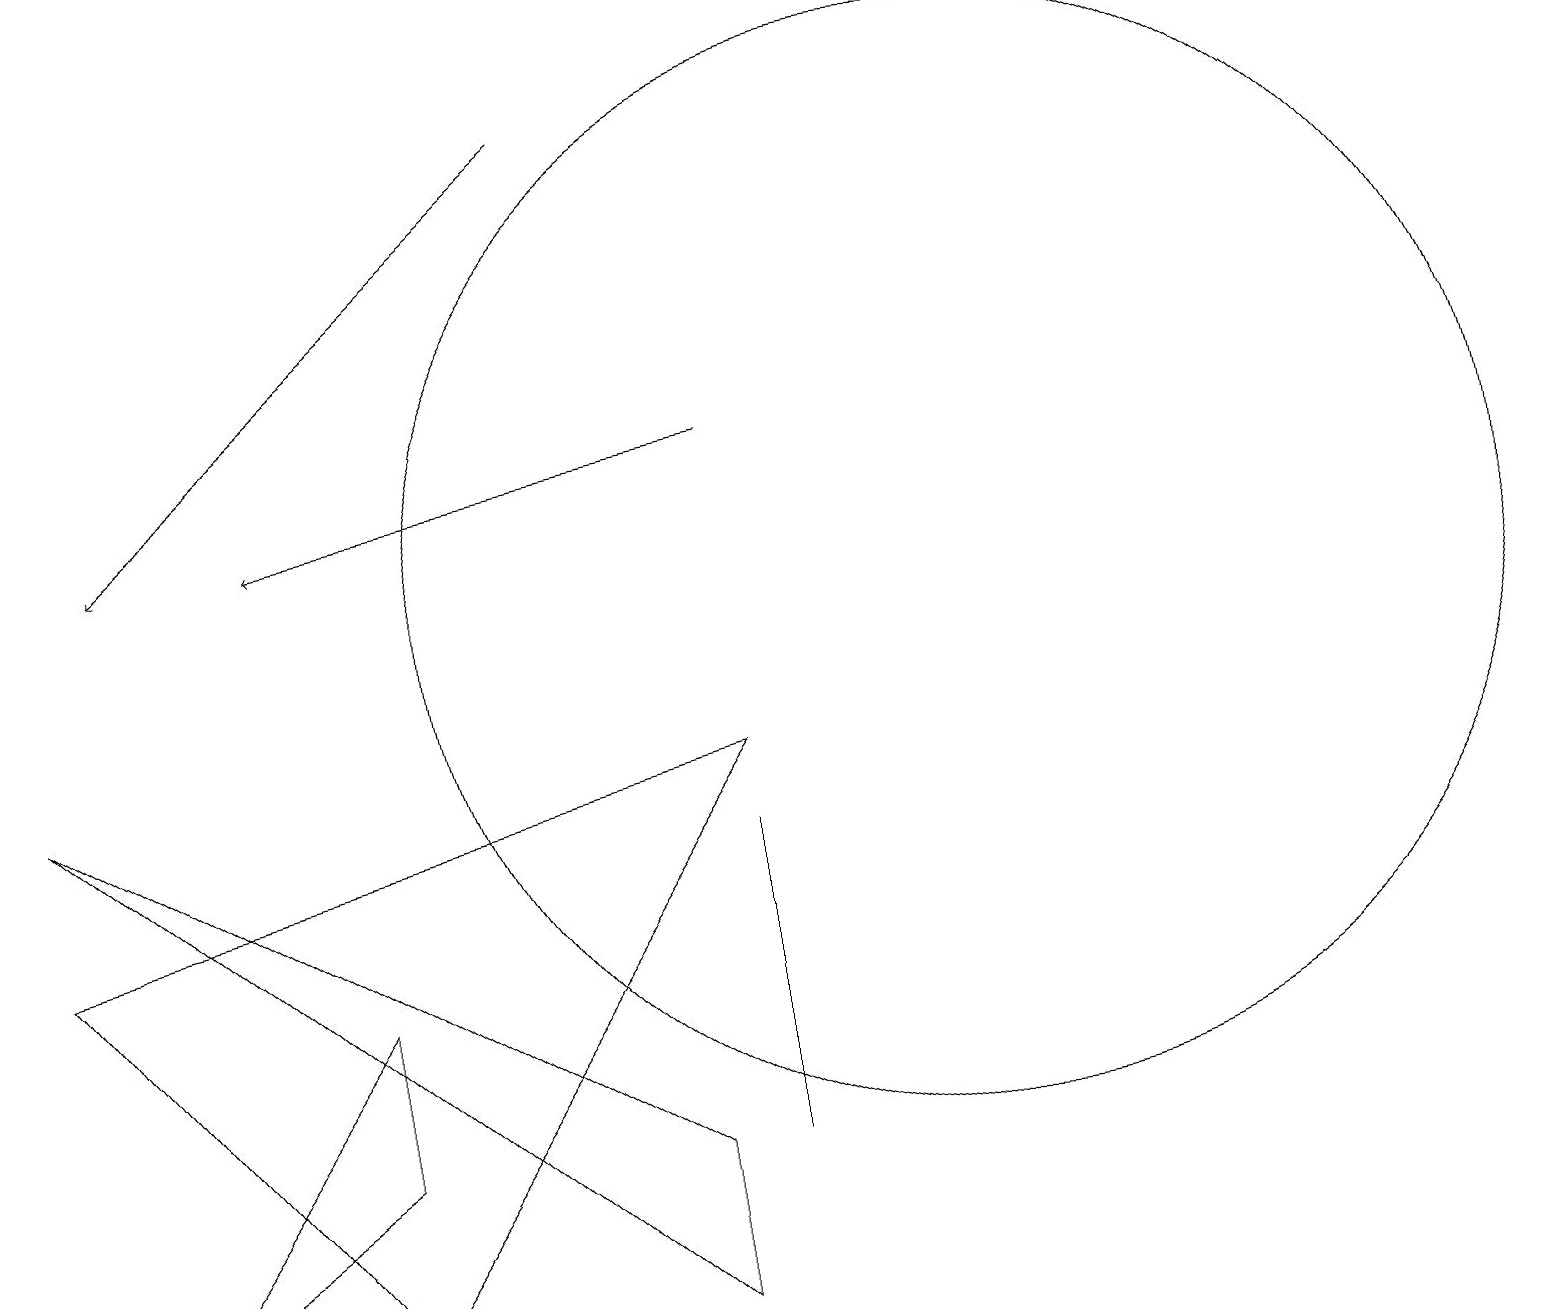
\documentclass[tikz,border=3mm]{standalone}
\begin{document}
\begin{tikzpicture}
\draw[->] (9,12) -- (3,11);
\draw (12,10) circle (7);
\draw[->] (7,16) -- (1,11);
\draw (1,1) -- (4,5) -- (4,3) -- cycle;
\draw (8,1) -- (0,8) -- (8,3) -- cycle;
\draw (9,3) -- (9,6) -- (9,7) -- cycle;
\draw (0,6) -- (4,1) -- (9,8) -- cycle;
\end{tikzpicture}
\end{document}